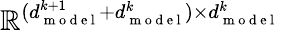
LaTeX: \mathbb{R}^{(d_{\mathrm{~m~o~d~e~l~}}^{k+1}+d_{\mathrm{~m~o~d~e~l~}}^{k})\times d_{\mathrm{~m~o~d~e~l~}}^{k}}